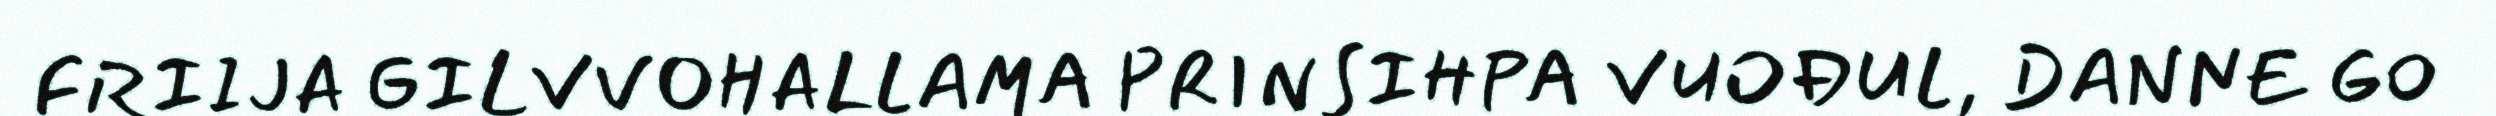
FRIIJA GILVVOHALLAMA PRINSIHPA VUOĐUL, DANNE GO